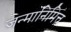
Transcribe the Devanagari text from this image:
जन्मानिमित्त